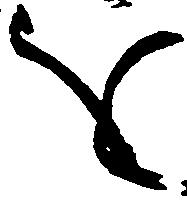
を